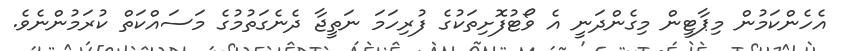
އެހެންކަމުން މިޕާޓީން މިގެންދަނީ އެ ވޯޓުފޮށިތަކުގެ ފުރިހަމަ ނަތީޖާ ދެނެގަތުމުގެ މަސައްކަތް ކުރަމުންނެވެ.